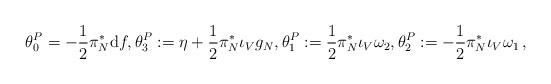
LaTeX: \begin{align*} \theta_0^P=-\frac{1}{2}\pi_N^*\mathrm{d}f, \theta_3^P:=\eta +\frac{1}{2}\pi_N^*\iota_Vg_N, \theta_1^P:=\frac{1}{2}\pi_N^*\iota_V\omega_2, \theta_2^P:=-\frac{1}{2}\pi_N^*\iota_V\omega_1\,, \end{align*}